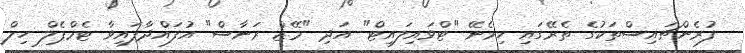
ފުރެންޗައިސްތަކުގެ ތެރޭގައި ހިމެނޭ "ޓްވައިލައިޓް" އަދި "މޭޒް ރަނާސް" އުފައްދާފައިވާ ޓެމްޕެލް ހިލް